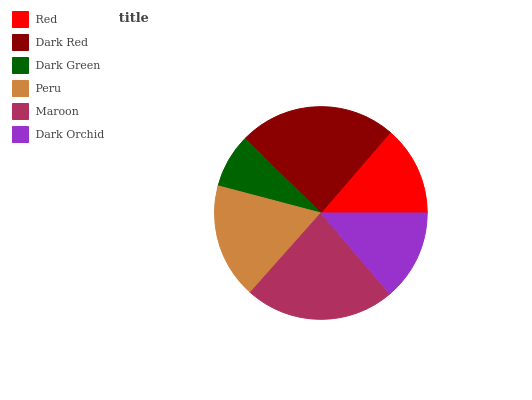
| Red | Dark Red | Dark Green | Peru | Maroon | Dark Orchid |
 | --- | --- | --- | --- | --- | --- |
 | 13.7% | 24% | 8.24% | 17.5% | 22.8% | 13.8% |